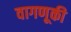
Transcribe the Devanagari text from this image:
वागणूकी